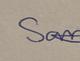
Signature authenticity: genuine